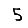
Digit: 5